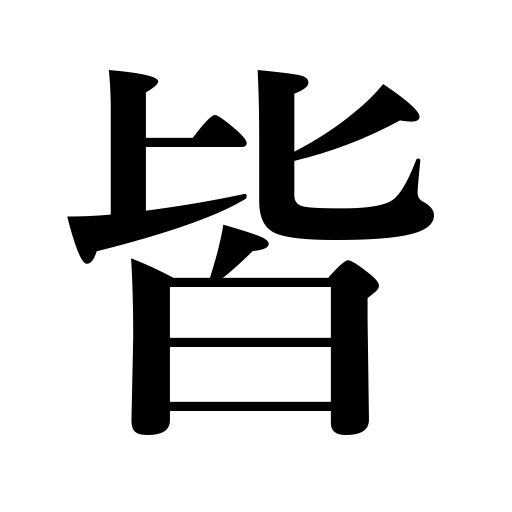
Meanings: everything,everybody,all